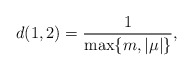
\begin{align*}d(1,2) = \frac{1}{\max \{ m , |\mu | \} } ,\end{align*}